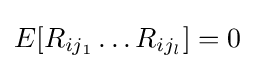
{\textstyle E[R_{ij_{1}}\dots R_{ij_{l}}]=0}